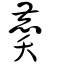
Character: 䴠